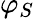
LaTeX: \varphi_{S}